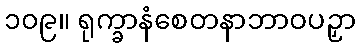
၁၀၉။ ရုက္ခာနံစေတနာဘာဝပဉှာ